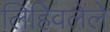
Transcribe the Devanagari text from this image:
लिहिवलेले